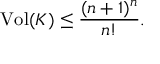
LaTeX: \operatorname { V o l } ( K ) \leq { \frac { ( n + 1 ) ^ { n } } { n ! } } .